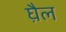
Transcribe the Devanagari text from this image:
घ़ैल